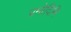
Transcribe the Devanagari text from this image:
प्रमोदिनि